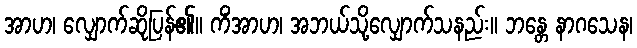
အာဟ၊ လျှောက်ဆိုပြန်၏။ ကိံအာဟ၊ အဘယ်သို့လျှောက်သနည်း။ ဘန္တေ နာဂသေန၊